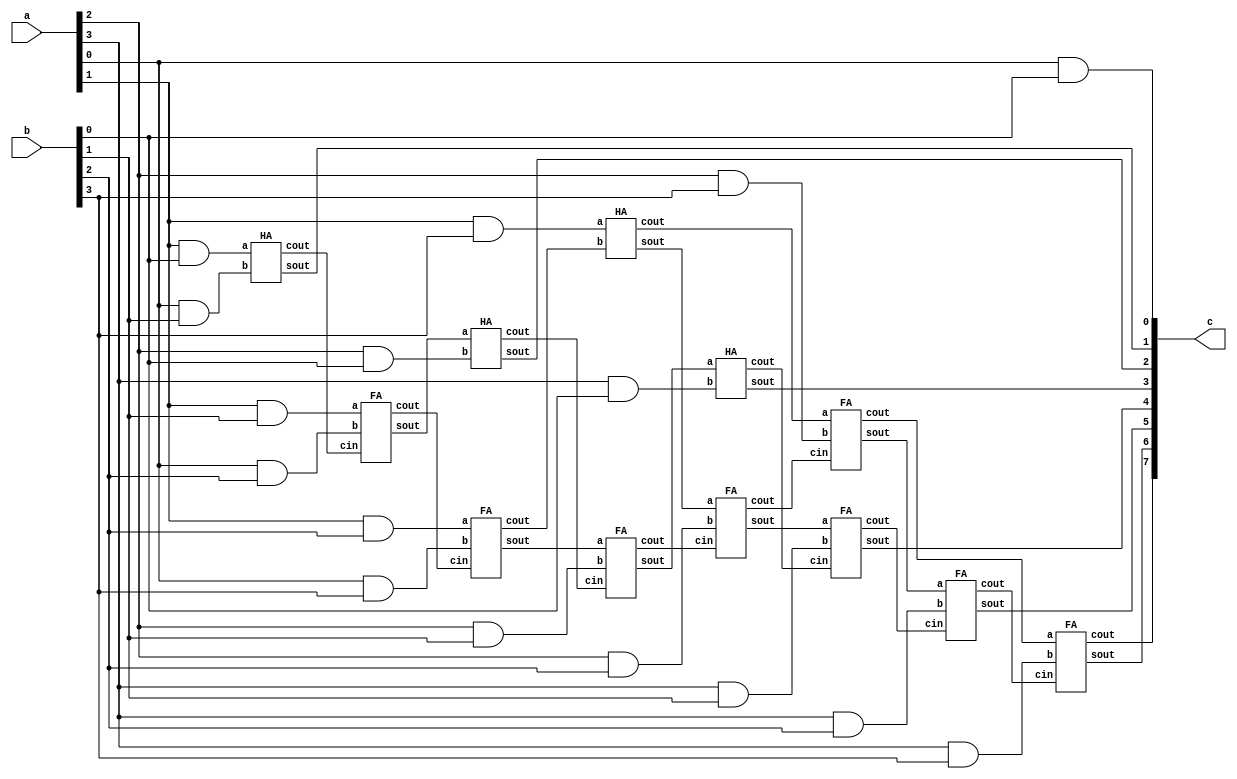
module multiply(input[3:0] a, b, output[7:0] c);

wire x1, x2, x3, x4, x5, x6, x7, x8, x9, x10 , x11, x12, x13 , x14, x15, x16 ,x17;

assign c[0] = (a[0] & b[0]);             
HA ha1(c[1], x1, (a[1] & b[0]), (a[0] & b[1]));
FA fa1(x2, x3, (a[1] & b[1]), (a[0] & b[2]), x1);
FA fa2(x4, x5, (a[1] & b[2]), (a[0] & b[3]), x3);
HA ha2(x6, x7, (a[1] & b[3]), x5);
HA ha3(c[2], x15, x2, (a[2] & b[0]));
FA fa5(x14, x16, x4, (a[2] & b[1]), x15);
FA fa4(x13, x17, x6, (a[2] & b[2]), x16);
FA fa3(x9, x8, x7, (a[2] & b[3]), x17);
HA ha4(c[3], x12, x14, (a[3] & b[0]));
FA fa8(c[4], x11, x13,(a[3] & b[1]), x12);
FA fa7(c[5], x10, x9, (a[3] & b[2]), x11);
FA fa6(c[6], c[7], x8, (a[3] & b[3]), x10); 

endmodule


module HA(sout, cout, a, b);

output sout, cout;
input a, b;

assign sout = a ^ b;
assign cout = a & b;

endmodule


module FA(sout, cout, a, b, cin);

output sout, cout;
input a, b, cin;

assign sout = a ^ b ^ cin;
assign cout = (a & b) | (a & cin) | (b & cin);

endmodule